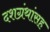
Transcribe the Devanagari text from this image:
दशग्रंथांसह